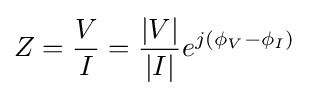
Z={\frac {V}{I}}={\frac {|V|}{|I|}}e^{j(\phi _{V}-\phi _{I})}